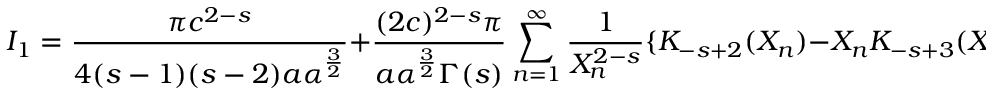
I _ { 1 } = { \frac { \pi c ^ { 2 - s } } { 4 ( s - 1 ) ( s - 2 ) a \alpha ^ { \frac { 3 } { 2 } } } } + { \frac { ( 2 c ) ^ { 2 - s } \pi } { a \alpha ^ { \frac { 3 } { 2 } } \Gamma ( s ) } } \sum _ { n = 1 } ^ { \infty } \frac { 1 } { X _ { n } ^ { 2 - s } } \{ K _ { - s + 2 } ( X _ { n } ) - X _ { n } K _ { - s + 3 } ( X _ { n } ) \} \ ,